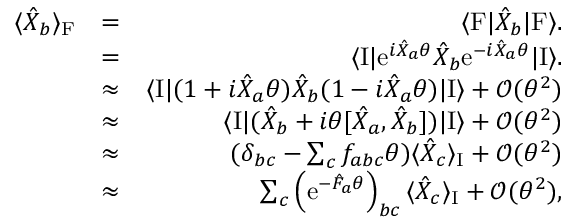
\begin{array} { r l r } { \langle \hat { X } _ { b } \rangle _ { \mathrm { F } } } & { = } & { \langle \mathrm { F } | \hat { X } _ { b } | \mathrm { F } \rangle . } \\ & { = } & { \langle \mathrm { I } | \mathrm { e } ^ { i \hat { X } _ { a } \theta } \hat { X } _ { b } \mathrm { e } ^ { - i \hat { X } _ { a } \theta } | \mathrm { I } \rangle . } \\ & { \approx } & { \langle \mathrm { I } | ( 1 + i \hat { X } _ { a } \theta ) \hat { X } _ { b } ( 1 - i \hat { X } _ { a } \theta ) | \mathrm { I } \rangle + { \mathcal O } ( \theta ^ { 2 } ) } \\ & { \approx } & { \langle \mathrm { I } | ( \hat { X } _ { b } + i \theta [ \hat { X } _ { a } , \hat { X } _ { b } ] ) | \mathrm { I } \rangle + { \mathcal O } ( \theta ^ { 2 } ) } \\ & { \approx } & { ( \delta _ { b c } - \sum _ { c } f _ { a b c } \theta ) \langle \hat { X } _ { c } \rangle _ { \mathrm { I } } + { \mathcal O } ( \theta ^ { 2 } ) } \\ & { \approx } & { \sum _ { c } \left( \mathrm { e } ^ { - \hat { F } _ { a } \theta } \right) _ { b c } \langle \hat { X } _ { c } \rangle _ { \mathrm { I } } + { \mathcal O } ( \theta ^ { 2 } ) , } \end{array}